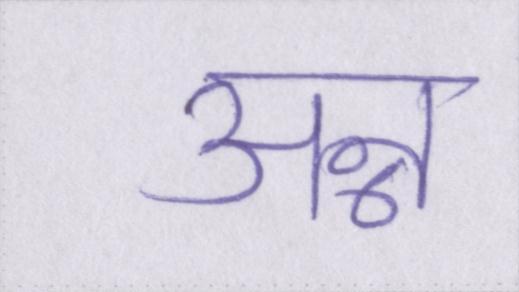
अन्न